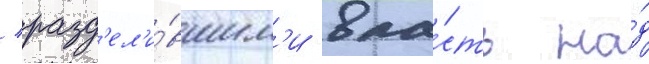
/ разд'ел'и́вшим'и вла́сть на́д